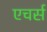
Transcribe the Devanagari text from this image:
एचर्स